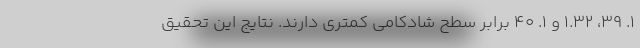
۱. ۳۹، ۱.۳۲ و ۱. ۴۰ برابر سطح شادکامی کمتری دارند. نتایج این تحقیق